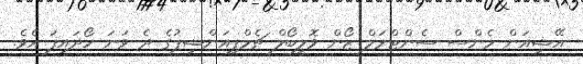
އޭޝިއަން މެންސް ސެންޓްރަލް ޒޯން ވޮލީބޯލް ޗެމްޕިއަންޝިޕުގެ ދެ ވަނަ ހޯދައިފަ އެވެ.